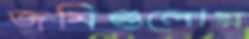
জমিগুলোয়